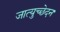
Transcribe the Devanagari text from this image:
जात्युच्छेदन